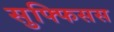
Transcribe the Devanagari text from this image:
सुफ्फिसस